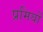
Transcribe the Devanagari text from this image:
प्रमियों